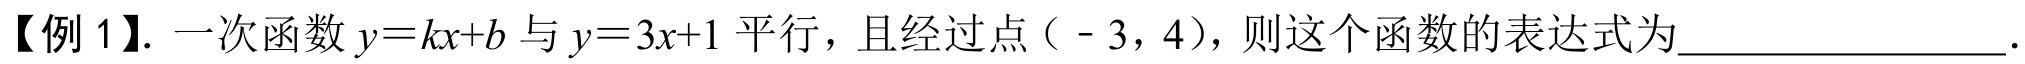
【例 1】. 一次函数\(y = kx + b\)与\(y = 3x + 1\)平行，且经过点（ - 3，4），则这个函数的表达式为_________________.